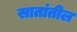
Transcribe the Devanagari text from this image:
सातांतील